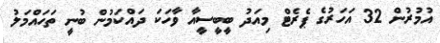
އުމުރުން 32 އަހަރުގެ ޕެރެޓް މިއަދު ބީބީސީއާ ވާހަކަ ދައްކަމުން ބުނީ ތަހައްމަލު